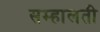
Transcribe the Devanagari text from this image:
सम्हालती